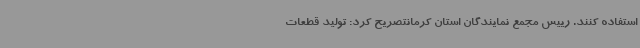
استفاده کنند. رییس مجمع نمایندگان استان کرمانتصریح کرد: تولید قطعات